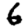
Digit: 6